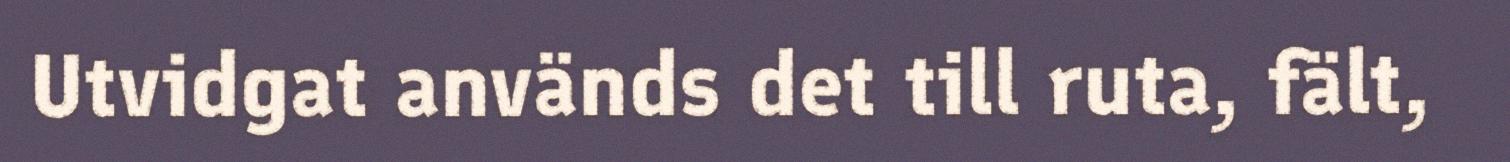
Utvidgat används det till ruta, fält,